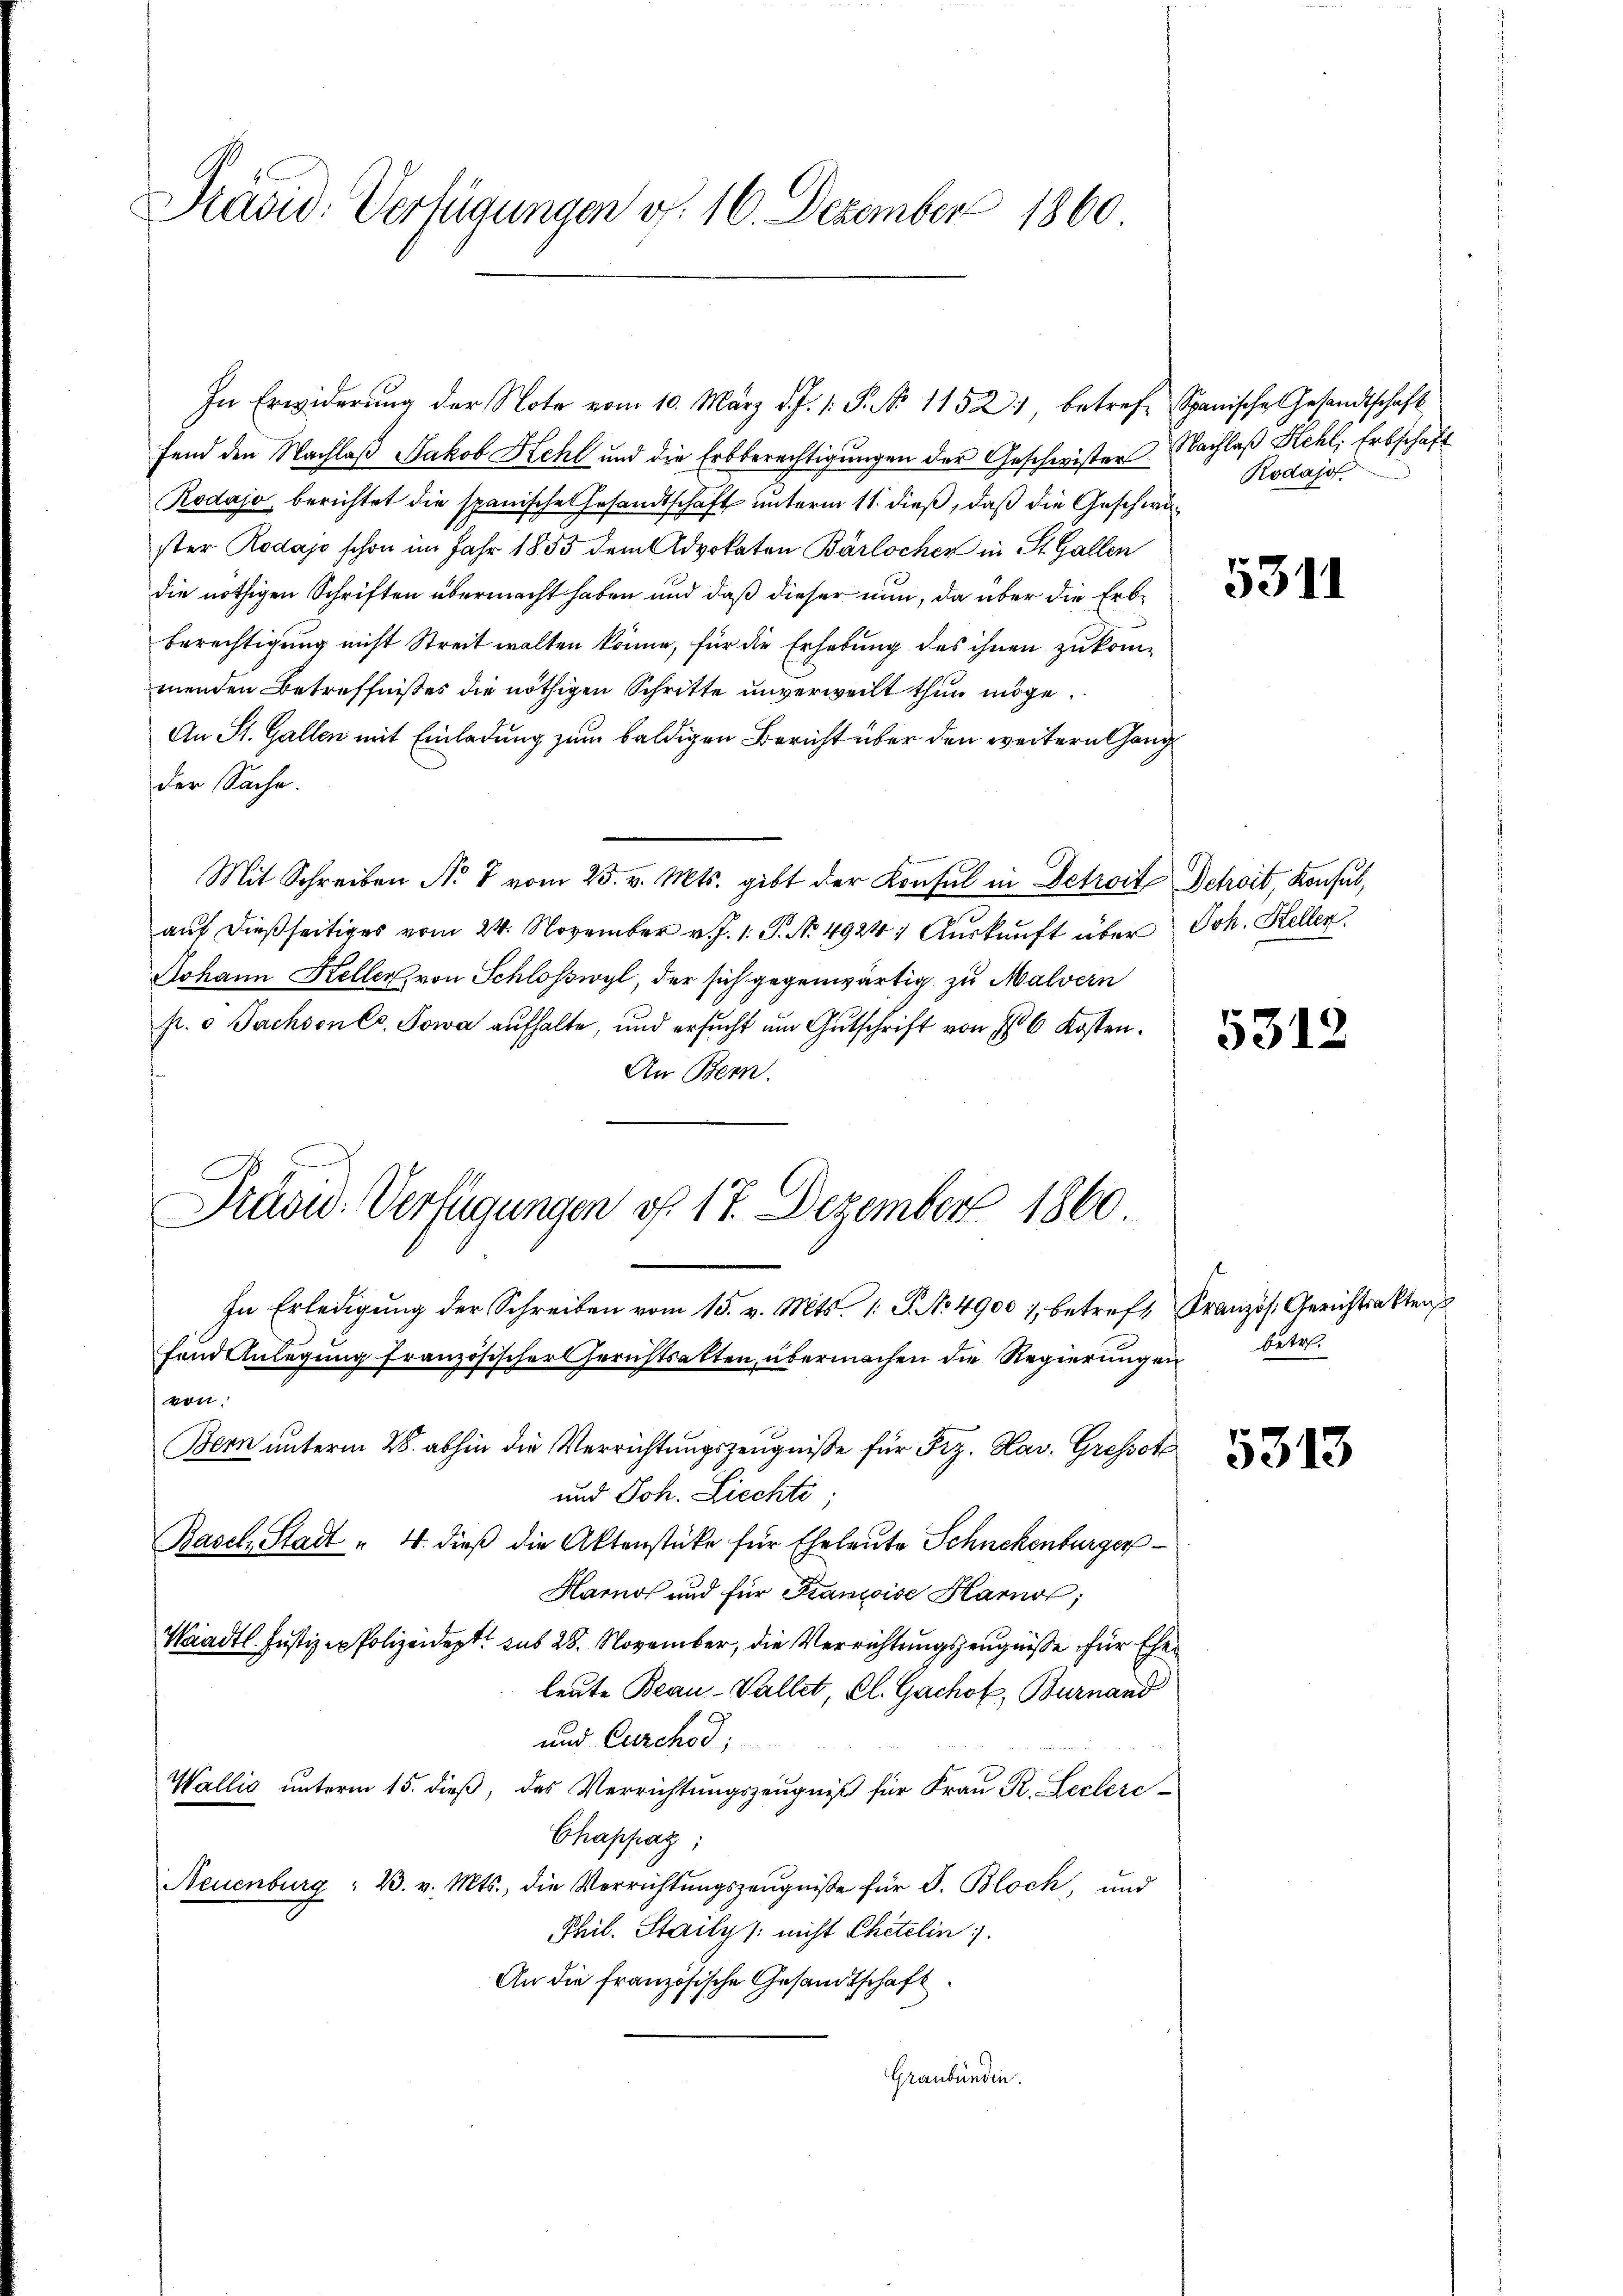
Präsid. Verfügungen v. 16. Dezember 1860

fend den Nachlaß Jakob Hehl und die Erbberechtigungen der Geschwister Nachlaß Kehl, Erbschaft
Rodajo, berichtet die spanische Gesandtschaft unterm 11. dieß, daß die Geschwister Rodajo schon im Jahr 1855 dem Advokaten Bärlochen in St. Gallen
die nöthigen Schriften übermacht haben und daß dieser nun, da über die Erb¬
Berechtigung nicht Streit walten könne, für die Erhebung des ihnen zukommenden Betreffnißes die nöthigen Schritte unverweilt thun möge.
An St. Gallen mit Einladung zum baldigen Bericht über den weitern Gang
der Sache.
Mit Schreiben N. 8 vom 25. v. Mts. gibt der Konsul in Detroit Schoit, Konsul,
auf dießseitiges vom 24. November v. J. 1. S. No. 4924. Auskunft über Joh. Kellen
Johann Keller, von Schlosswyl, der sich gegenwärtig zu Malvern
s.  Sachson es. Sowa aufhalte, und ersŭcht ŭm Gŭtschrift von 16 Kosten.
An Bern.
In Erledigŭng der Schreiben vom 15. v. Mts. 1. P. No. 49001, betreff Französ. Gerichtsakten
fand Anlegung französischer Gerichtsalten, übermachen die Regierungen betr.
von.
Bern unterm 28. abhin die Verrichtungszeugniße für Frz. Hav. Gressetz
und Joh. Liechte;
Basel Stadt " 4. dieß die Aktenstüke für Eheleute Schnekenburger¬
Harnos und für Kanoise Harno,
Waadt. Justiz - Polizeidet sub 28. November, die Verrichtungszeugniße für Eheleute Beau-Vallet, kl. Gachof, Burnand
und Curchod;
Wallis unterm 15. dieß, des Verrichtungszeugniß für Frau R. Lecleri¬
Chappaz;
Neuenburg  2. v. Mts., die Verrichtŭngszeŭgnisse für S. Bloch, und
Phil. Staily /: nicht Chetelin.
An die französische Gesandtschaft
Graubünden.

Previd. Verfügungen f. 17. Dezember 1860.
2

In Erwiderung der Note vom 10. März d. J. 1. P. No 11521, betreff Spanische Gesandtschaft

Rodajo

5311

5312

5313